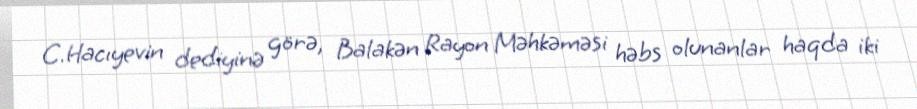
C.Hacıyevin dediyinə görə, Balakən Rayon Məhkəməsi həbs olunanlar haqda iki